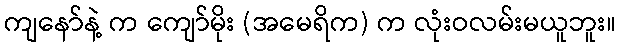
ကျနော်နဲ့ က ကျော်မိုး (အမေရိက) က လုံးဝလမ်းမယူဘူး။